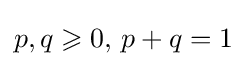
p,q\geqslant 0,\,p+q=1